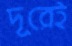
দূরেই